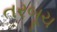
તરબૂચ